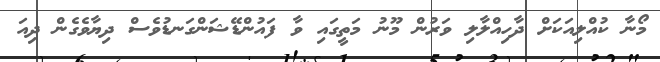
މޯނާ ކުއްލިއަކަށް ދާހިއްލާލި ވަރުން މޫނު މަތީގައި ވާ ފައުންޑޭޝަންގަނޑުވެސް ދިޔާވެގެން ދިއަ